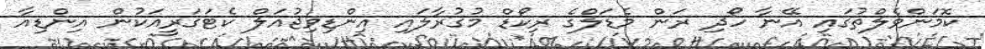
ކޮމަންވެލްތުގައި އޭނާ ހޯދި ރަން މެޑަލްގެ ރިކޯޑް މުގުރާލައި އިންޑިވިޖުއަލް ކެޓަގަރީއަކުން އިންޑިއާ